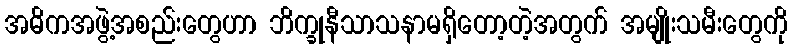
အဓိကအဖွဲ့အစည်းတွေဟာ ဘိက္ခုနီသာသနာမရှိတော့တဲ့အတွက် အမျိုးသမီးတွေကို